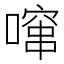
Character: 𱔤